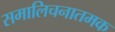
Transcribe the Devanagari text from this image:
समालिचनातमक